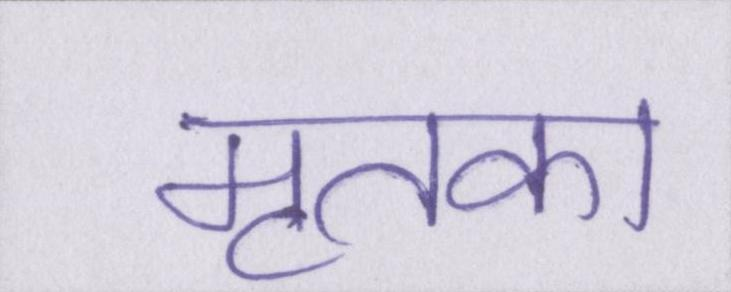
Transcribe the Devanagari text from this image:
मृतका